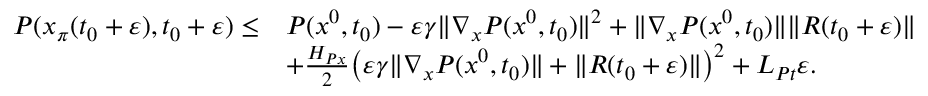
\begin{array} { r l } { P ( x _ { \pi } ( t _ { 0 } + \varepsilon ) , t _ { 0 } + \varepsilon ) \le } & { P ( x ^ { 0 } , t _ { 0 } ) - \varepsilon \gamma \| \nabla _ { x } P ( x ^ { 0 } , t _ { 0 } ) \| ^ { 2 } + \| \nabla _ { x } P ( x ^ { 0 } , t _ { 0 } ) \| \| R ( t _ { 0 } + \varepsilon ) \| } \\ & { + \frac { H _ { P x } } { 2 } \big ( \varepsilon \gamma \| \nabla _ { x } P ( x ^ { 0 } , t _ { 0 } ) \| + \| R ( t _ { 0 } + \varepsilon ) \| \big ) ^ { 2 } + L _ { P t } \varepsilon . } \end{array}